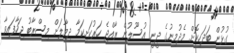
ގުޅުން ބަދަހިކޮށް މެދުމިނުގެ ދީނީ އުސޫލުން ރާއްޖެ ހަރުކަށިކަމާ ދިމާލަށް މިސްރާބު ޖަހާފައިވާ